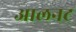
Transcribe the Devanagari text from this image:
आलनट